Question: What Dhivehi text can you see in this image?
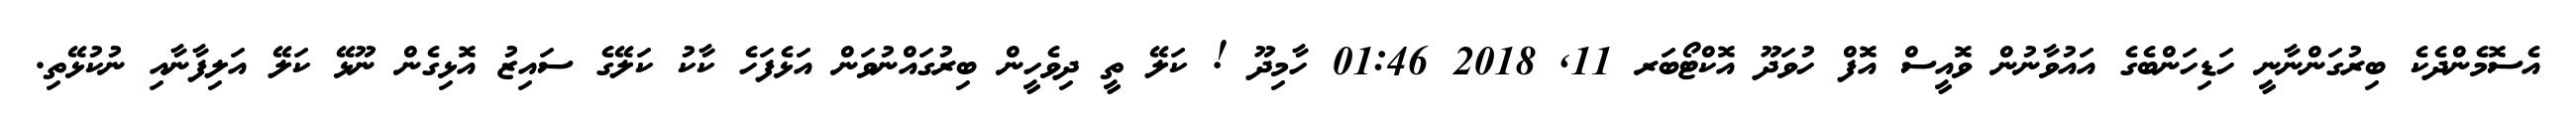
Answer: އެސޮމެންދެކެ ބިރުގަންނާނީ ހަޑިހަންބެގެ އައުވާނުން ވޮއީސް އޮފް ހުވަދޫ އޮކްޓޯބަރ 11, 2018 01:46 ހާމިދޫ ! ކަލޭ ތީ ދިވެހީން ބިރުގައްނުވަން އަޅެފަހެ ކާކު ކަލޭގެ ސައިޒު އޮޅިގެން ނޫޅޭ ކަލޭ އަލިފާނާއި ނުކުޅޭތި.